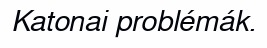
Katonai problémák.